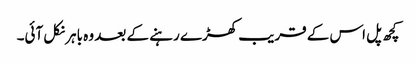
کچھ پل اس کے قریب کھڑے رہنے کے بعد وہ باہر نکل آئی۔